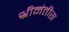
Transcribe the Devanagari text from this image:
श्रीमंतीस